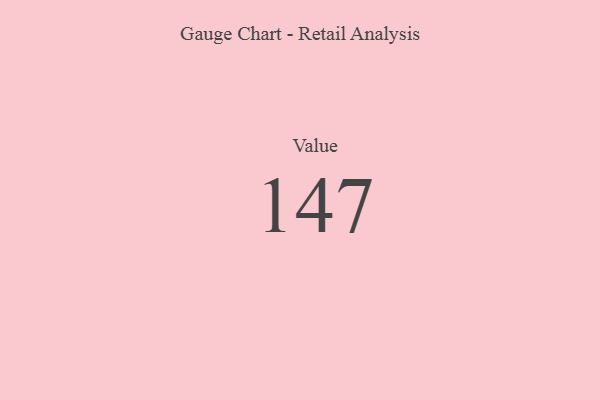
{"axis": {"x": "Metric", "y": "Value"}, "legend": [""], "data": [{"x": "Value", "y": 147, "type": ""}]}